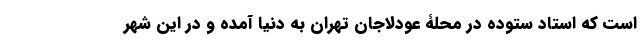
است که استاد ستوده در محلۀ عودلاجان تهران به دنیا آمده و در این شهر